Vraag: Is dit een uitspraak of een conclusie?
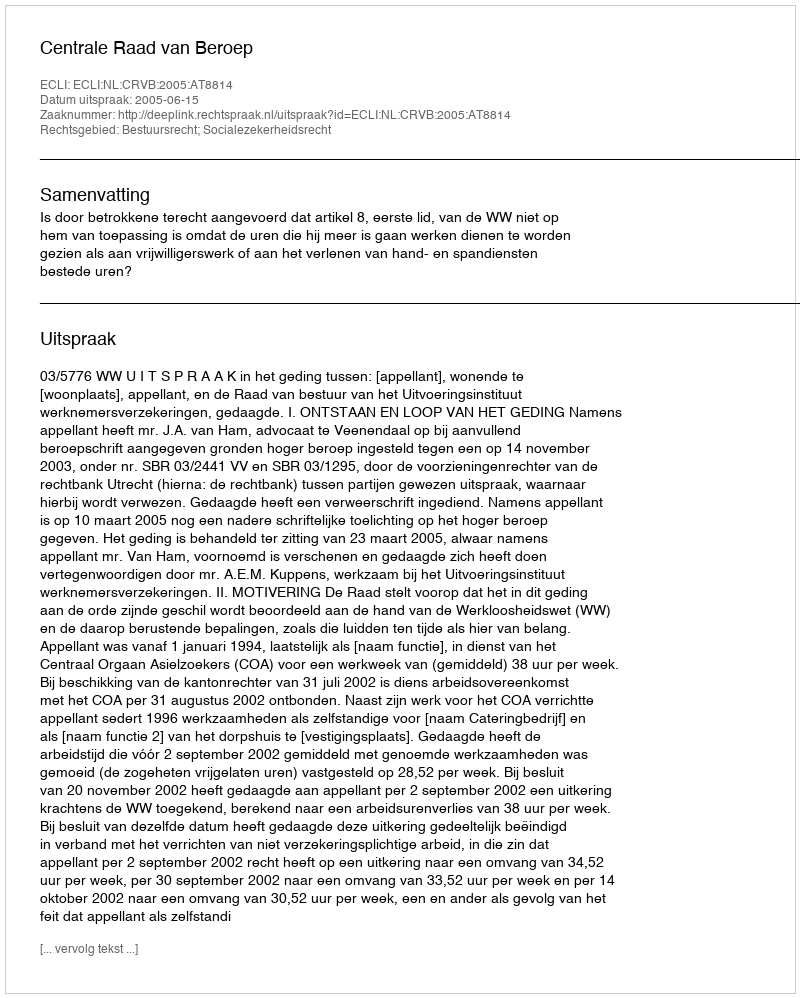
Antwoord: Uitspraak